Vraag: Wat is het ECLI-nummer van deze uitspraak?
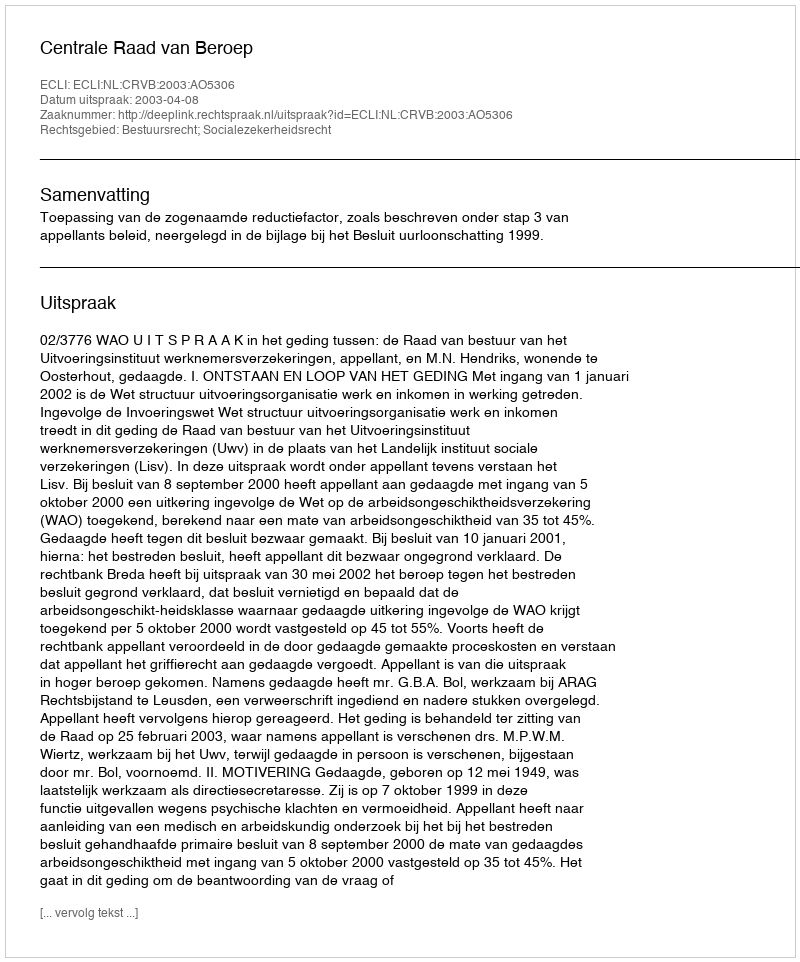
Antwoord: ECLI:NL:CRVB:2003:AO5306